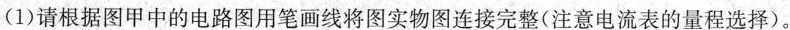
(1)请根据图甲中的电路图用笔画线将图实物图连接完整(注意电流表的量程选择)。